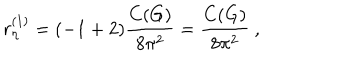
r _ { \eta } ^ { ( 1 ) } = ( - 1 + 2 ) \frac { C ( G ) } { 8 \pi ^ { 2 } } = \frac { C ( G ) } { 8 \pi ^ { 2 } } \ ,